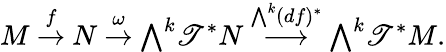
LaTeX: M\ {\stackrel{f}{\to}}\ N\ {\stackrel{\omega}{\to}}\ {\textstyle\bigwedge}^{k}\mathscr{T}^{*}N\ {\stackrel{{\bigwedge}^{k}(df)^{*}}{\longrightarrow}}\ {\textstyle\bigwedge}^{k}\mathscr{T}^{*}M.